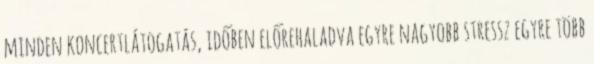
minden koncertlátogatás, időben előrehaladva egyre nagyobb stressz egyre több